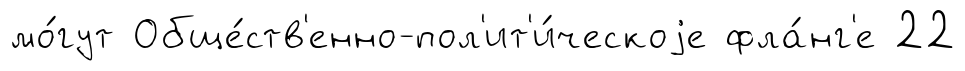
мо́гут Обще́ств'енно-пол'ит'и́ческоjе фла́нг'е 22